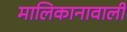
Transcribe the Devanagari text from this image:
मालिकानावाली